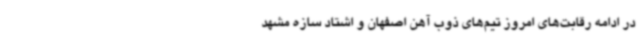
در ادامه رقابت‌های امروز تیم‌های ذوب آهن اصفهان و اشتاد سازه مشهد